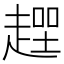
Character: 𧼻